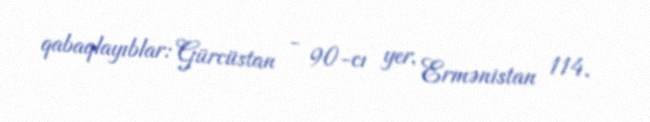
qabaqlayıblar: Gürcüstan - 90-cı yer, Ermənistan 114.